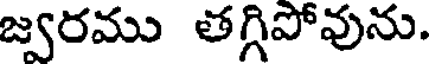
జ్వరము తగ్గిపోవును.